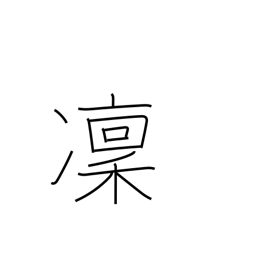
Meaning: cold